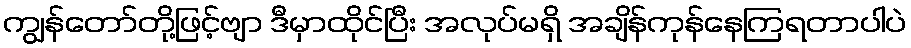
ကျွန်တော်တို့ဖြင့်ဗျာ ဒီမှာထိုင်ပြီး အလုပ်မရှိ အချိန်ကုန်နေကြရတာပါပဲ